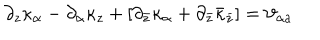
\partial _ { z } \kappa _ { \alpha } - \partial _ { \alpha } \kappa _ { z } + [ \partial _ { \bar { z } } \kappa _ { \alpha } + \partial _ { \bar { z } } \bar { \kappa } _ { \bar { z } } ] = \vartheta _ { \alpha a }